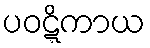
ပဝဋ္ဋိကာယ